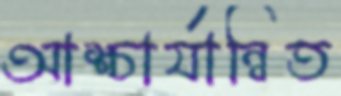
আশ্চার্যান্বিত